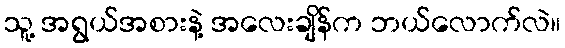
သူ့ အရွယ်အစားနဲ့ အလေးချိန်က ဘယ်လောက်လဲ။